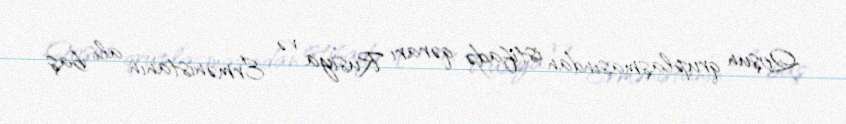
Qoşun qruplaşmasından istifadə qərarı Rusiya və Ermənistanın ali baş